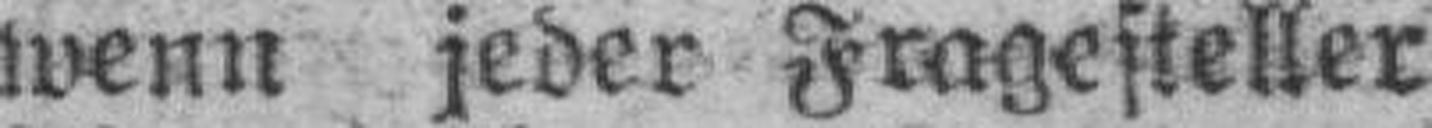
wenn jeder Fragesteller